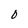
Character: 0